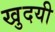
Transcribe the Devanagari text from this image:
खुदयी